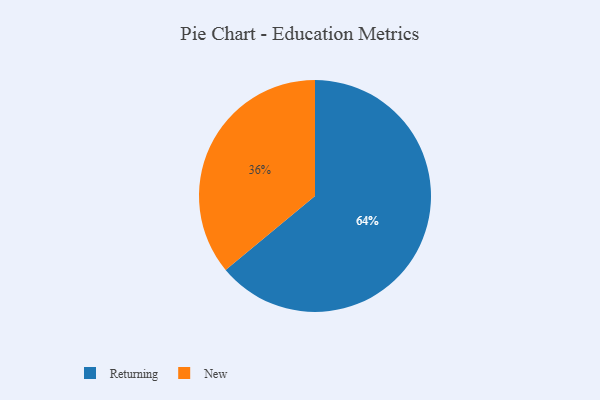
{"axis": {"x": "Category", "y": "Percentage"}, "legend": ["New", "Returning"], "data": [{"x": "Returning", "y": 64, "type": "Returning"}, {"x": "New", "y": 36, "type": "New"}]}